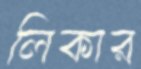
লিকার